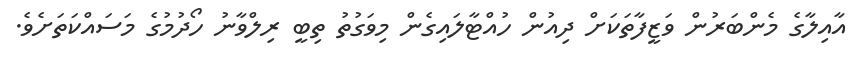
އާއިލާގެ މެންބަރުން ވަޒީފާތަކަށް ދިއުން ހުއްޓާލައިގެން މިވަގުތު ތިބީ ރިލްވާނު ހޯދުމުގެ މަސައްކަތަށެވެ.